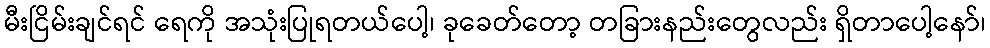
မီးငြိမ်းချင်ရင် ရေကို အသုံးပြုရတယ်ပေါ့၊ ခုခေတ်တော့ တခြားနည်းတွေလည်း ရှိတာပေါ့နော်၊